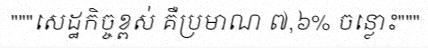
"""សេដ្ឋកិច្ចខ្ពស់ គឺប្រមាណ ៧,៦% ចន្លោះ"""